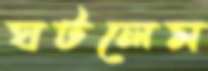
ঘটলেম